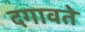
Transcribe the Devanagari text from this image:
दगावते